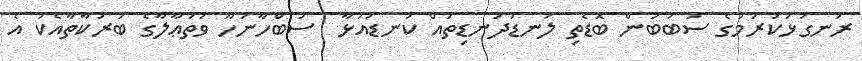
ރަނގަޅުކުރުމުގެ ސަބަބުން ބޮޑެތި ލަނޑުދަނޑިތައް ކަނޑައަޅާ  ސުބްހާނަހޫ ވަތަޢާލާގެ ބަރަކާތާއެކު އެ